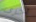
أخرى